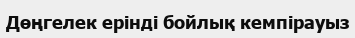
Дөңгелек ерінді бойлық кемпірауыз